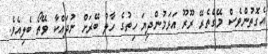
އެގޮތުންވެސް މޭގެތެރޭ ރޫރޫ އަޅަމުންދިޔަ ހިތުގެ ހާލު ބޭރަށް ނުދައްކާ ވޭތޯ ބެލިއެވެ.